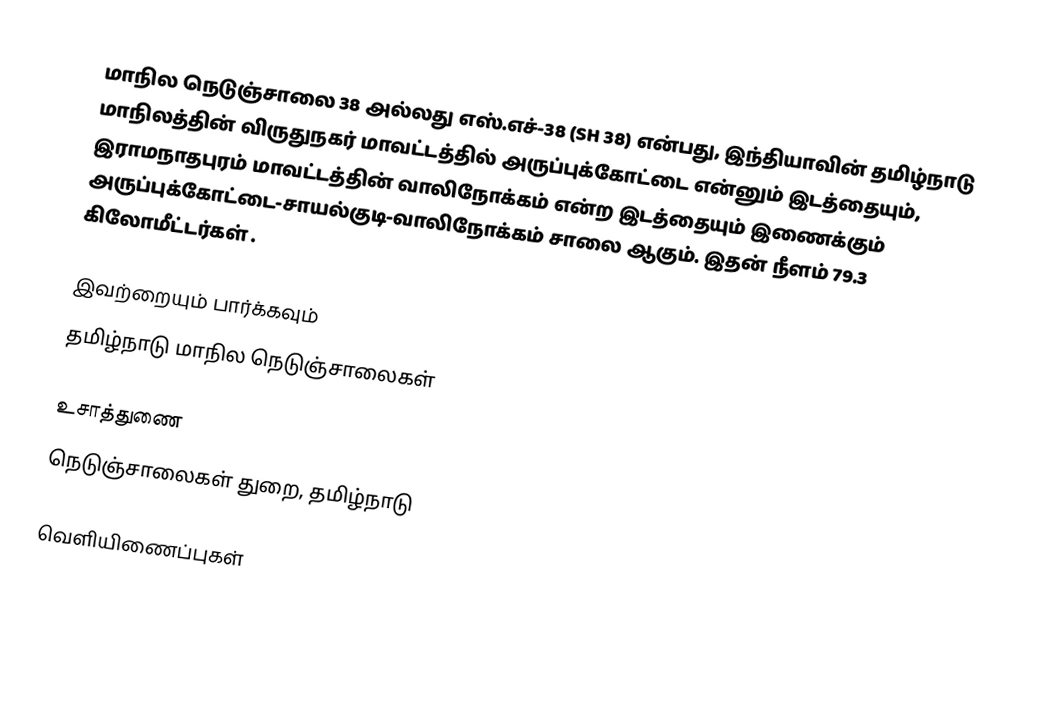
மாநில நெடுஞ்சாலை 38 அல்லது எஸ்.எச்-38 (SH 38) என்பது, இந்தியாவின் தமிழ்நாடு மாநிலத்தின் விருதுநகர் மாவட்டத்தில் அருப்புக்கோட்டை என்னும் இடத்தையும், இராமநாதபுரம் மாவட்டத்தின் வாலிநோக்கம் என்ற இடத்தையும் இணைக்கும் அருப்புக்கோட்டை-சாயல்குடி-வாலிநோக்கம் சாலை ஆகும். இதன் நீளம் 79.3  கிலோமீட்டர்கள் .

இவற்றையும் பார்க்கவும்
 தமிழ்நாடு மாநில நெடுஞ்சாலைகள்

உசாத்துணை
 நெடுஞ்சாலைகள் துறை, தமிழ்நாடு

வெளியிணைப்புகள்